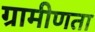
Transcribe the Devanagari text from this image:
ग्रामीणता